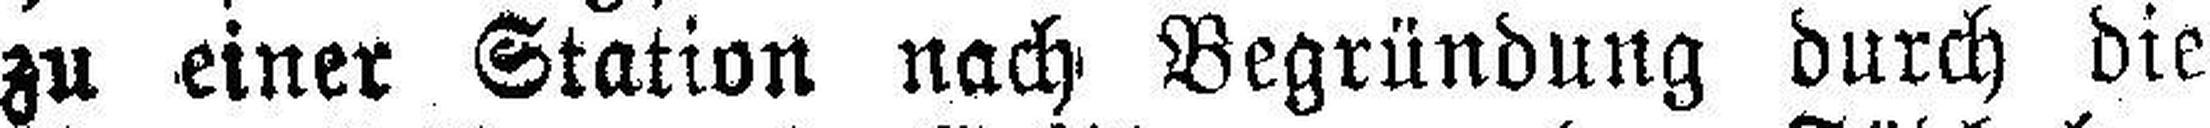
zu einer Station nach Begründung durch die